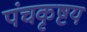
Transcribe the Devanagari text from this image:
पंचकृष्टय